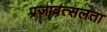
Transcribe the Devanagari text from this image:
प्रजावत्सलता